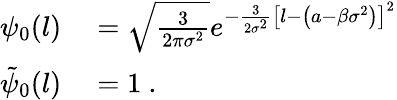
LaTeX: \begin{array}{rl}{\psi_{0}(l)}&{{}=\sqrt{\frac{3}{2\pi\sigma^{2}}}e^{-\frac{3}{2\sigma^{2}}\left[l-\left(a-\beta\sigma^{2}\right)\right]^{2}}}\\ {\tilde{\psi}_{0}(l)}&{{}=1\ .}\end{array}